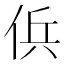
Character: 㑟